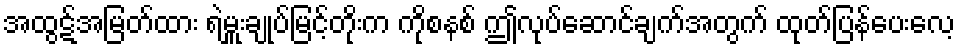
အထွဋ်အမြတ်ထား ရဲမှူးချုပ်မြင့်တိုးက ကိုစနစ် ဤလုပ်ဆောင်ချက်အတွက် ထုတ်ပြန်ပေးလေ့